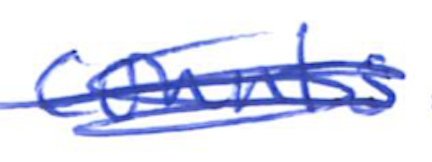
Text: counts
Cross-out: scratch
Writing tool: ballpoint